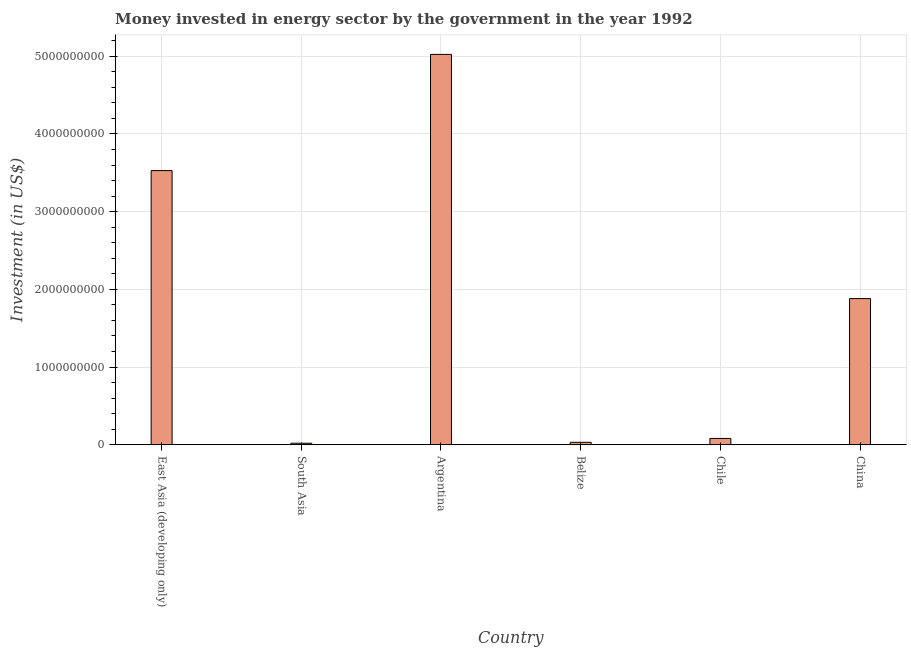
| Country | Investment in energy with private participation (current US$) |
 | --- | --- |
 | East Asia (developing only) | 3.53e+09 |
 | South Asia | 2.01e+07 |
 | Argentina | 5.02e+09 |
 | Belize | 3.19e+07 |
 | Chile | 8.2e+07 |
 | China | 1.88e+09 |